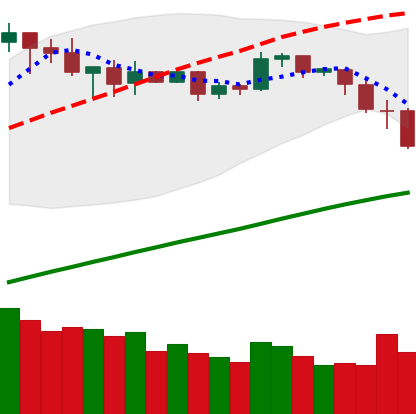
Ticker: BNB-USD
Chart end date: 2019-05-09
Forward return: 25.483%
Label: up_7plus